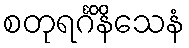
စတုရင်္ဂိနိသေနံ